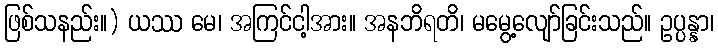
ဖြစ်သနည်း။) ယဿ မေ၊ အကြင်ငါ့အား။ အနဘိရတိ၊ မမွေ့လျော်ခြင်းသည်။ ဥပ္ပန္နာ၊